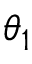
\theta _ { 1 }